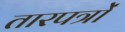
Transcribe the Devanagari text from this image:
तारपत्रों